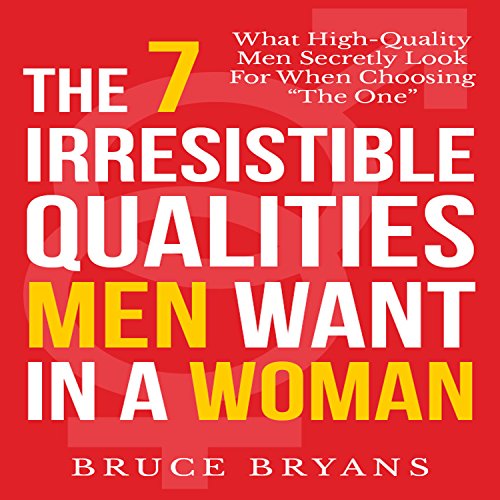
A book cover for The 7 Irresistible Qualities Men Want in a Woman: What High-Quality Men Secretly Look for When Choosing the One; Bruce Bryans; Medical Books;